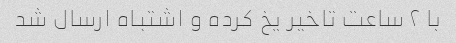
با ٢ ساعت تاخیر یخ کرده و اشتباه ارسال شد